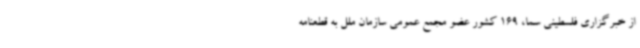
از خبرگزاری فلسطینی سما، 169 کشور عضو مجمع عمومی سازمان ملل به قطعنامه